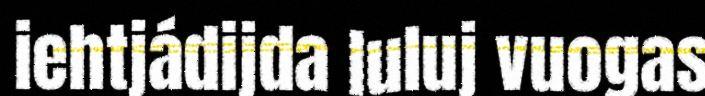
iehtjádijda luluj vuogas